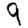
Digit: 9